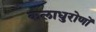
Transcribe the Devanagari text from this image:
कलाधुरोणों